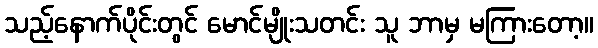
သည့်နောက်ပိုင်းတွင် မောင်မျိုးသတင်း သူ ဘာမှ မကြားတော့။